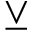
\veebar